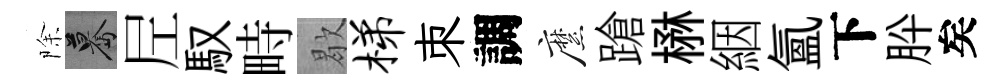
除驀𡰱馭畤歇梯朿調縻蹌楙絪氲下肸矣